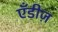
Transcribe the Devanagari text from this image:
एँडीज़